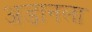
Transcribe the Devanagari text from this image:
अडानला